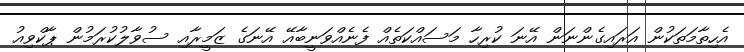
އެހިތާމަތަކުން އަރައިގެންނަން އޭނަ ކުރިހާ މަސައްކަތެއް ފެނެއްވަނީބާއޭ އޭނަގެ ޒަމީރާއި ސުވާލުކުރަމުން ޕާކްވިއު